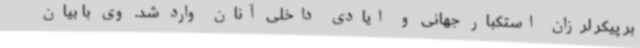
بر پیکر لرزان استکبار جهانی و ایادی داخلی آنان وارد شد. وی با بیان